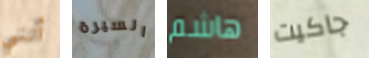
أنني السيرة هاشم جاكيت